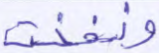
ونفخت